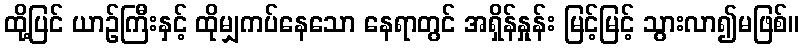
ထို့ပြင် ယာဉ်ကြီးနှင့် ထိုမျှကပ်နေသော နေရာတွင် အရှိန်နှုန်း မြင့်မြင့် သွားလာ၍မဖြစ်။